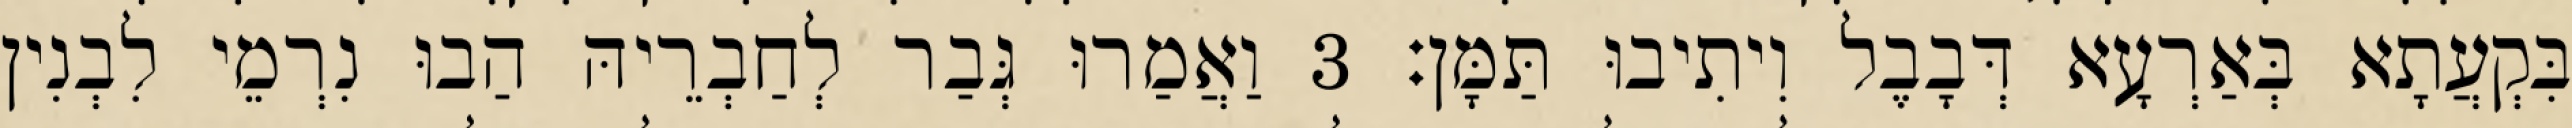
בִּקְעֲתָא בְּאַרְעָא דְּבָבֶל וִיתִיבוּ תַּמָּן׃ 3 וַאֲמַרוּ גְּבַר לְחַבְרֵיהּ הַבוּ נִרְמֵי לִבְנִין